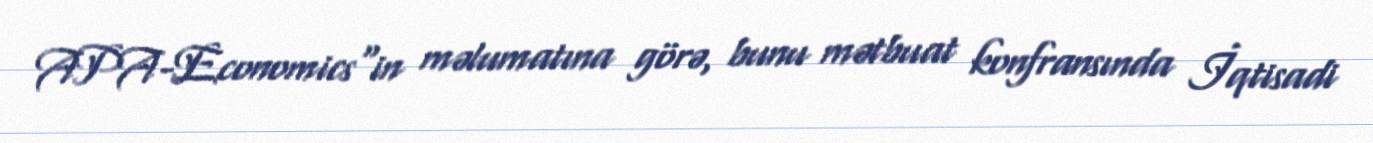
APA-Economics"in məlumatına görə, bunu mətbuat konfransında İqtisadi